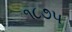
૧૮૭૫